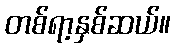
တစ်ရာ့နှစ်ဆယ်။